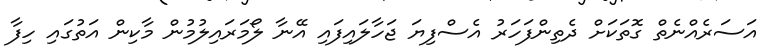
އަސަރެއްނެތް ގޮތަކަށް ދެތިންފަހަރު އެސްފިޔަ ޖަހާލައިފައި އޭނާ ލޯމަރައިލުމުން މާކިން އަތުގައި ހިފާ